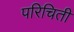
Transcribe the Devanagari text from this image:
परिचिती